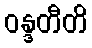
ဝန္ဒတီတိ